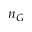
n _ { G }